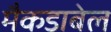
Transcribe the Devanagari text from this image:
मैकडाबेल